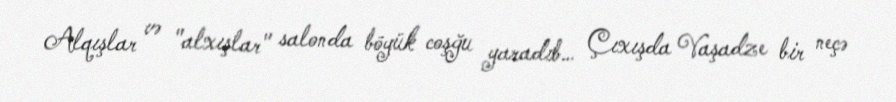
Alqışlar və "alxışlar" salonda böyük coşğu yaradıb… Çıxışda Vaşadze bir neçə